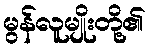
မွန်လူမျိုးတို့၏